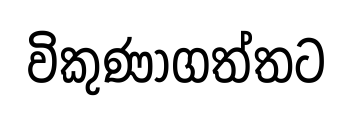
විකුණාගත්තට